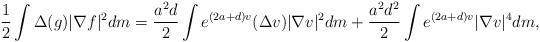
LaTeX: \begin{align*} \frac{1}{2}\int \Delta(g)|\nabla f|^2dm = \frac{a^2d}{2}\int e^{(2a+d)v}(\Delta v)|\nabla v|^2 dm + \frac{a^2d^2}{2}\int e^{(2a+d)v}|\nabla v|^4dm, \end{align*}